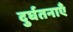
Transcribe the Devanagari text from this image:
दुर्घतनाएँ